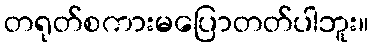
တရုတ်စကားမပြောတတ်ပါဘူး။